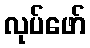
လုပ်ဖော်